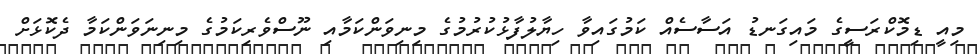
މިއީ ޑިމޮކްރަސީގެ މައިގަނޑު އަސާސެއް ކަމުގައިވާ ހިޔާލުފާޅުކުރުމުގެ މިނިވަންކަމާއި ނޫސްވެރިކަމުގެ މިނިނަވަންކަމާ ދެކޮޅަށް